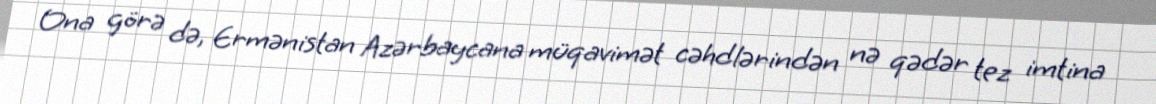
Ona görə də, Ermənistan Azərbaycana müqavimət cəhdlərindən nə qədər tez imtina